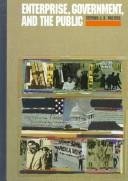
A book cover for Enterprise, Government, and the Public; Stephen John Kasabuski Walters; Law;